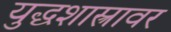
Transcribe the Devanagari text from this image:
युद्धशास्त्रावर